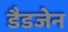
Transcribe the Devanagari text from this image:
डैडजेन